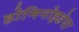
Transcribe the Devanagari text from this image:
होमिनोइडेया